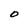
Character: O